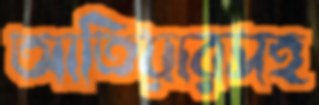
আতিয়ারসহ